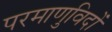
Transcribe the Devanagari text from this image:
परमाणुविदों